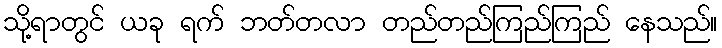
သို့ရာတွင် ယခု ရက် ဘတ်တလာ တည်တည်ကြည်ကြည် နေသည်။